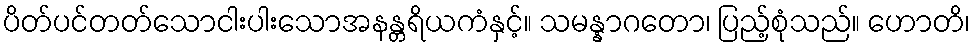
ပိတ်ပင်တတ်သောငါးပါးသောအနန္တရိယကံနှင့်။ သမန္နာဂတော၊ ပြည့်စုံသည်။ ဟောတိ၊